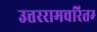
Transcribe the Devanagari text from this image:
उत्तररामचरितम्‍